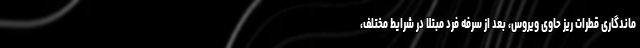
ماندگاری قطرات ریز حاوی ویروس، بعد از سرفه فرد مبتلا در شرایط مختلف،